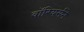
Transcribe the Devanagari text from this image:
वॉरियर्सने